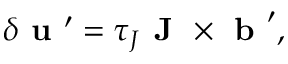
\delta { \textbf { u } } ^ { \prime } = \tau _ { J } { \textbf { J } } \times { \textbf { b } } ^ { \prime } ,